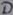
Text: D